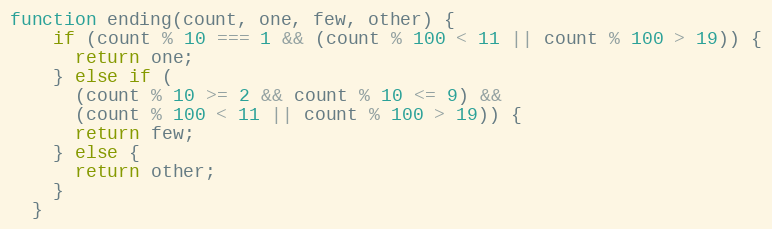
Language: JavaScript
function ending(count, one, few, other) {
    if (count % 10 === 1 && (count % 100 < 11 || count % 100 > 19)) {
      return one;
    } else if (
      (count % 10 >= 2 && count % 10 <= 9) &&
      (count % 100 < 11 || count % 100 > 19)) {
      return few;
    } else {
      return other;
    }
  }